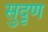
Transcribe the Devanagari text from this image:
सुदृण